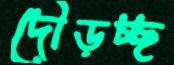
দৌড়চ্ছ